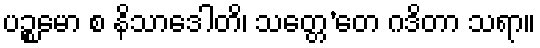
ပဉ္စမော စ နိသာဒေါတိ၊ သတ္တေ’တေ ဂဒိတာ သရာ။